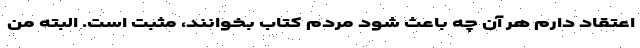
اعتقاد دارم هر آن چه باعث شود مردم کتاب بخوانند، مثبت است. البته من